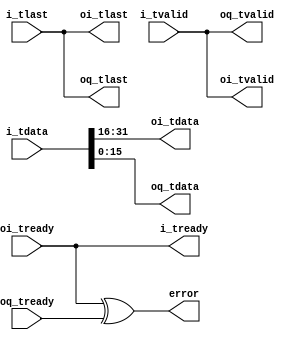

// Copyright 2014, Ettus Research
// Copyright 2018 Ettus Research, a National Instruments Company
//
// SPDX-License-Identifier: LGPL-3.0-or-later

// Module to split a complex stream to I and Q outputs.  NOTE -- ONLY works when you can guarantee downstream paths match!

module split_complex
  #(parameter WIDTH=16)
   (input [WIDTH*2-1:0] i_tdata, input i_tlast, input i_tvalid, output i_tready,
    output [WIDTH-1:0] oi_tdata, output oi_tlast, output oi_tvalid, input oi_tready,
    output [WIDTH-1:0] oq_tdata, output oq_tlast, output oq_tvalid, input oq_tready,
    output error);

   assign oi_tdata = i_tdata[WIDTH*2-1:WIDTH];
   assign oq_tdata = i_tdata[WIDTH-1:0];

   assign oi_tlast = i_tlast;
   assign oq_tlast = i_tlast;

   assign oi_tvalid = i_tvalid;
   assign oq_tvalid = i_tvalid;

   assign i_tready = oi_tready;

   assign  error = oi_tready ^ oq_tready;
   
endmodule // split_complex